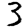
Digit: 3